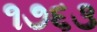
૧૭૬૩